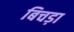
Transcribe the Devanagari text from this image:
बिचड़ा